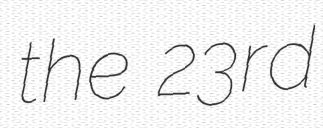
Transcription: the 23rd